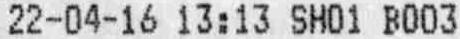
22-04-16 13:13 SH01 B003